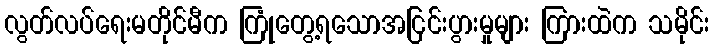
လွတ်လပ်ရေးမတိုင်မီက ကြုံတွေ့ရသောအငြင်းပွားမှုများ ကြားထဲက သမိုင်း